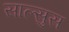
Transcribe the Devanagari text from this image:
साल्सुस